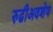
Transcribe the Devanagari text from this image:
रुढीअवशेष